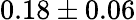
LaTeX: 0.18\pm 0.06